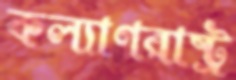
কল্যাণরাষ্ট্র